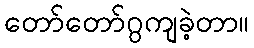
တော်တော်ဂွကျခဲ့တာ။